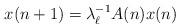
LaTeX: \begin{align*}x(n+1)=\lambda_{\ell}^{-1}A(n)x(n)\end{align*}